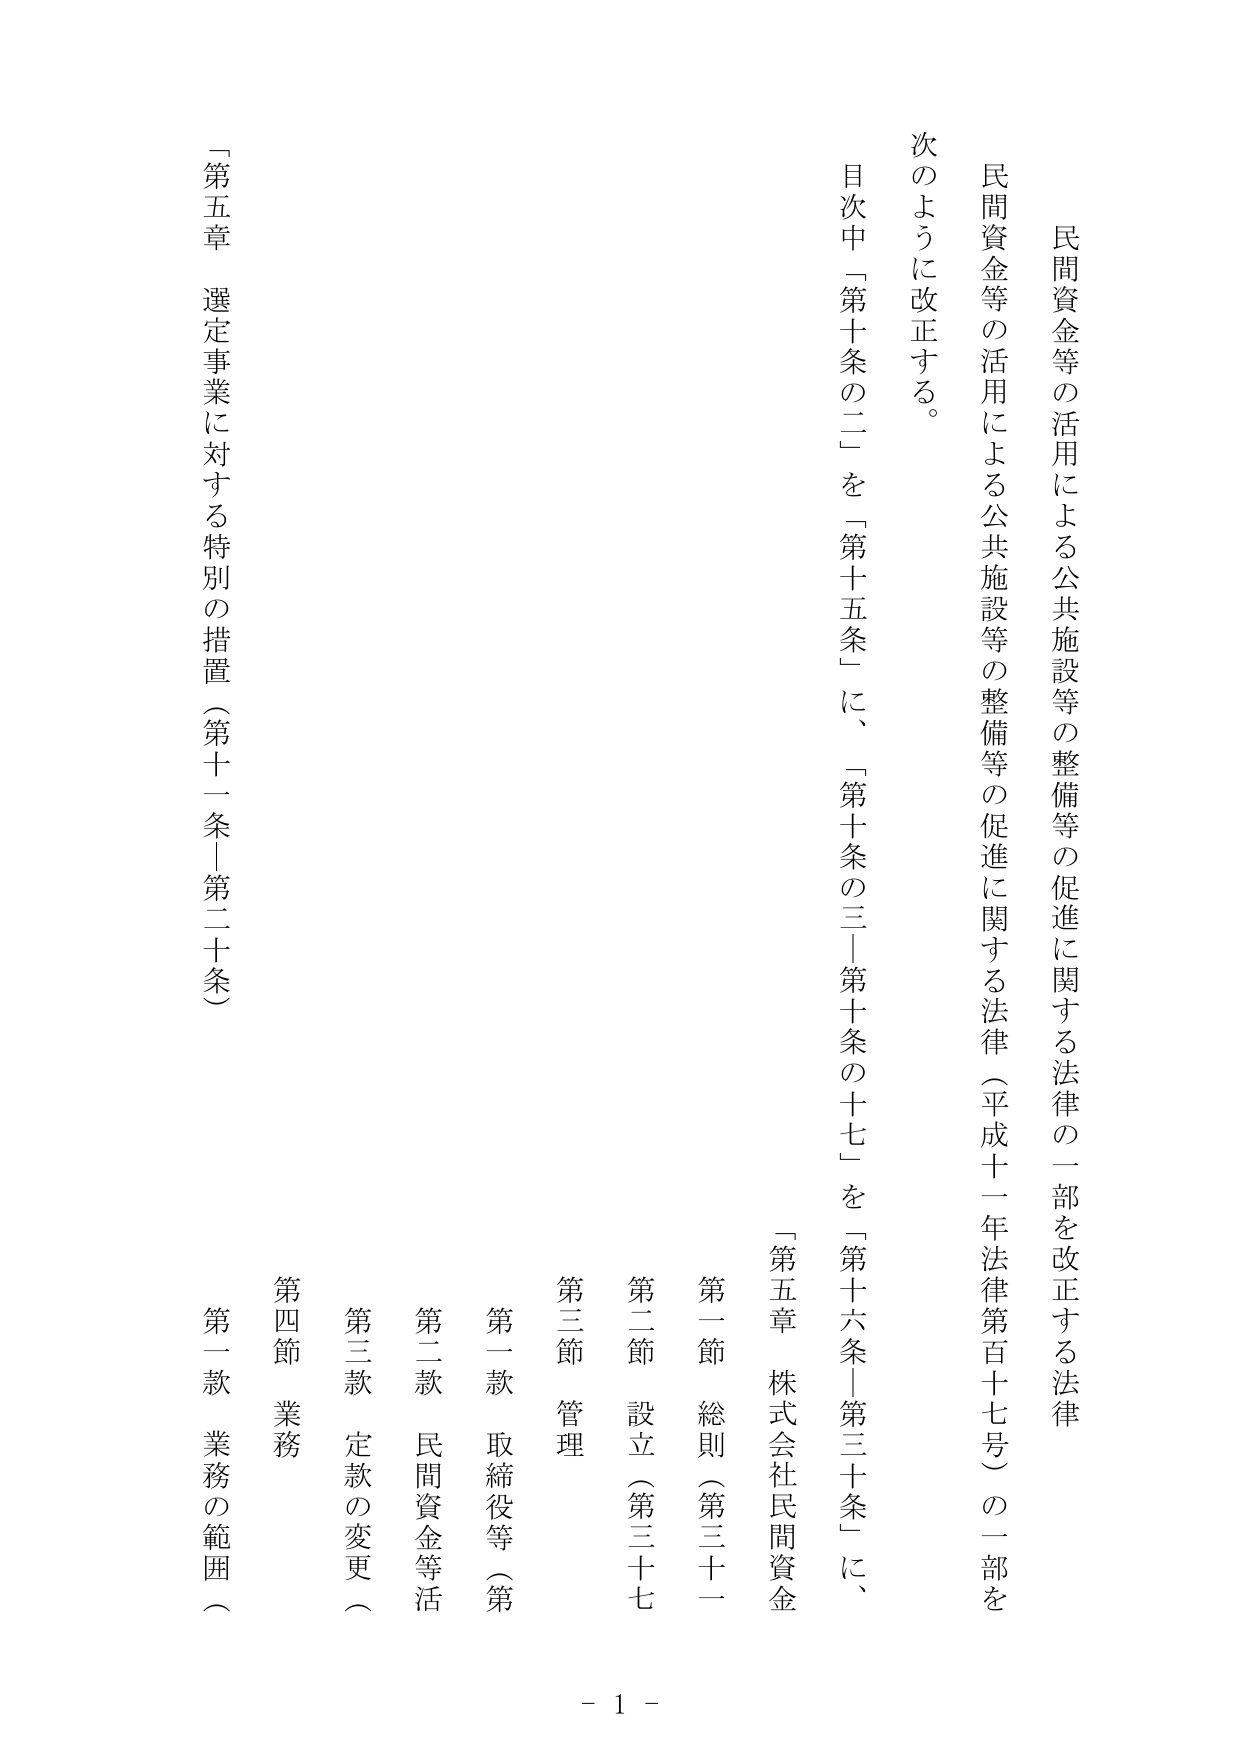
民間資金等の活用による公共施設等の整備等の促進に関する法律の一部を改正する法律

民間資金等の活用による公共施設等の整備等の促進に関する法律（平成十一年法律第百十七号）の一部を
次のように改正する。

目次中「第十条の二」を「第十五条」に、「第十条の三～第十条の十七」を「第十六条～第三十条」に、

第五章 株式会社民間資金

第一節 総則（第三十一条）

第二節 設立（第三十七条）

第三節 管理

第一款 取締役等（第

第二款 民間資金等活

第三款 定款の変更（

第四節 業務

第一款 業務の範囲（

第五章 選定事業に対する特別の措置（第十一条～第二十条）